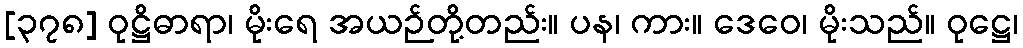
[၃၇၈] ဝုဋ္ဌိဓာရာ၊ မိုးရေ အယဉ်တို့တည်း။ ပန၊ ကား။ ဒေဝေ၊ မိုးသည်။ ဝုဋ္ဌေ၊